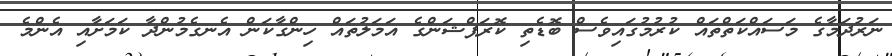
ނަރުދަމާގެ މަސައްކަތްތައް ކުރުމުގައިވެސް ބޮޑެތި ކޮރަޕްޝަންގެ އަމަލުތައް ހިންގާކަން އެނގެމުންދާ ކަމަށާއި އެންމެ